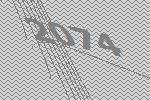
2074